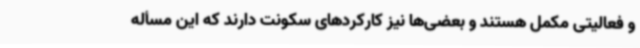
و فعالیتی مکمل هستند و بعضی‌ها نیز کارکردهای سکونت دارند که این مسأله